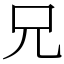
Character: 兄